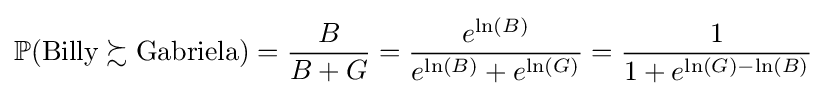
\mathbb {P} ({\text{Billy}}\succsim {\text{Gabriela}})={\frac {B}{B+G}}={\frac {e^{\ln(B)}}{e^{\ln(B)}+e^{\ln(G)}}}={\frac {1}{1+e^{\ln(G)-\ln(B)}}}